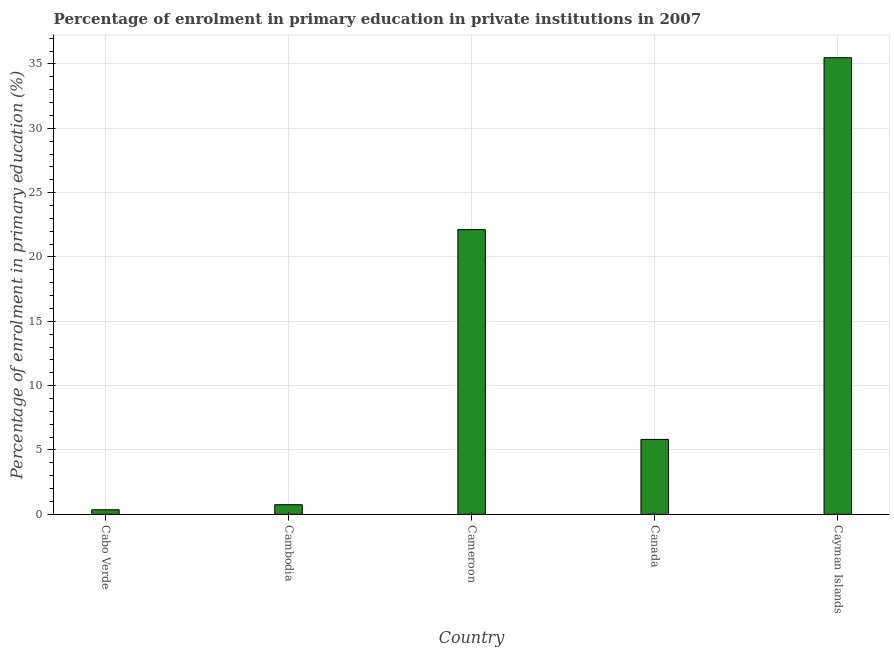
| Country | Enrolment  |
 | --- | --- |
 | Cabo Verde | 0.353 |
 | Cambodia | 0.746 |
 | Cameroon | 22.1 |
 | Canada | 5.82 |
 | Cayman Islands | 35.5 |